Code of medical and sanitary regulations for the guidance of medical officers serving in the Madras Presidency - Volume I
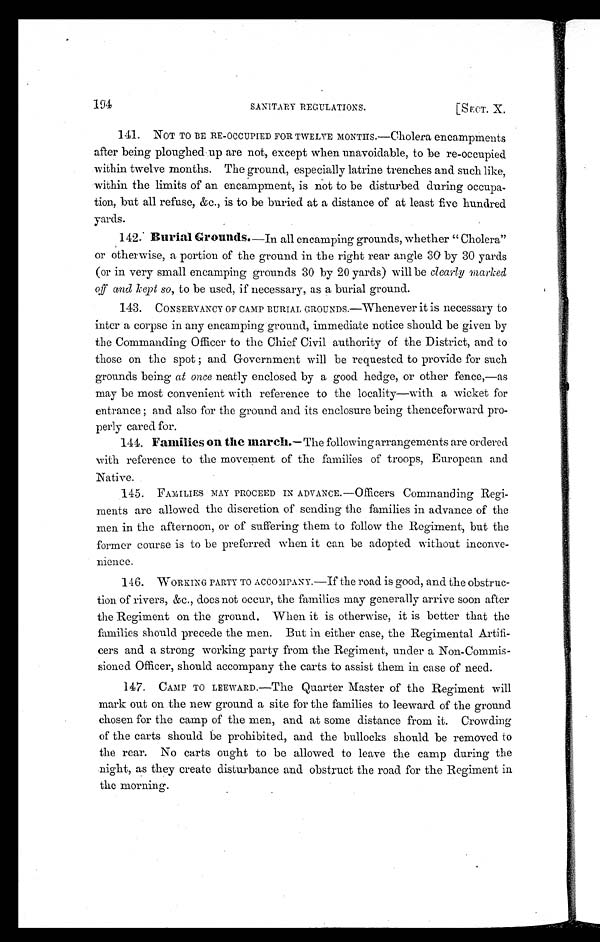
194 SANITARY REGULATIONS. [SECT. X.
141. NOT TO BE RE-OCCUPIED FOR TWELVE MONTIIS.—Cholera encampments
after being ploughed up are not, except when unavoidable, to be re-occupied
within twelve months. The ground, especially latrine trenches and such like,
within the limits of an encampment, is not to be disturbed during occupa-
tion, but all refuse, &c., is to be buried at a distance of at least five hundred
yards.
142. Burial Grounds. —In all encamping grounds, whether "Cholera"
or otherwise, a portion of the ground in the right rear angle 30 by 30 yards
(or in very small encamping grounds 30 by 20 yards) will be clearly marked
o f f a n d k e p t s o , t o b e u s e d , i f n e c e s s a r y , a s a b u r i a l g r o u n d .
143. CONSERVANCY OF CAMP BURIAL GROUNDS.—Whenever it is necessary to
inter a corpse in any encamping ground, immediate notice should be given by
the Commanding Officer to the Chief Civil authority of the District, and to
those on the spot and Government will be requested to provide for such
grounds being at once neatly enclosed by a good hedge, or other fence,—as
may be most convenient with reference to the locality—with a wicket for
entrance ; and also for the ground and its enclosure being thenceforward pro-
perly cared for.
144. Families on the march. — The following arrangements are ordered
with reference to the movement of the families of troops, European and
Native.
145. FAMILIES MAY PROCEED IN ADVANCE.—Officers Commanding Regi-
ments are allowed the discretion of sending the families in advance of the
men in the afternoon, or of suffering them to follow the Regiment, but the
former course is to be preferred when it can be adopted without inconve-
nience.
146. WORKING PARTY TO ACCOMPANY.—If the road is good, and the obstruc-
tion of rivers, &c., does not occur, the families may generally arrive soon after
the Regiment on the ground. When it is otherwise, it is better that the
families should precede the men. But in either case, the Regimental Artifi-
cers and a strong working party from the Regiment, under a Non-Commis-
sioned Officer, should accompany the carts to assist them in case of need.
147. CAMP TO LEEWARD.—The Quarter Master of the Regiment will
mark out on the new ground a site for the families to leeward of the ground
chosen for the camp of the men, and at some distance from it. Crowding
of the carts should be prohibited, and the bullocks should be removed to
the rear. No carts ought to be allowed to leave the camp during the
night, as they create disturbance and obstruct the road for the Regiment in
the morning.